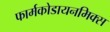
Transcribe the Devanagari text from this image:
फार्मकोडायनमिक्स